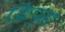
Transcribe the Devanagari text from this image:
थ्रिप्‍स